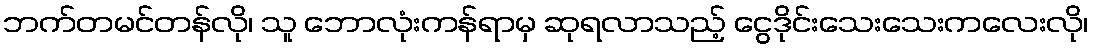
ဘက်တမင်တန်လို၊ သူ ဘောလုံးကန်ရာမှ ဆုရလာသည့် ငွေဒိုင်းသေးသေးကလေးလို၊